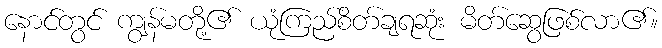
နောင်တွင် ကျွန်မတို့၏ ယုံကြည်စိတ်ချရဆုံး မိတ်ဆွေဖြစ်လာ၏။